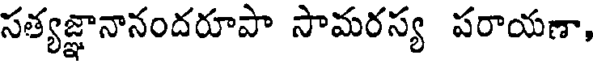
సత్యజ్ఞానానందరూపా సామరస్య పరాయణా,